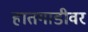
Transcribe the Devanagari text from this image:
हातगाडीवर